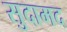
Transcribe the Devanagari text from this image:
सुदामद